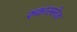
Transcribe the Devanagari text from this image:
रुकारस्तेज